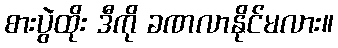
စားပွဲထိုး ဒီကို ခဏလာနိုင်မလား။